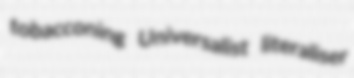
tobacconing Universalist literaliser